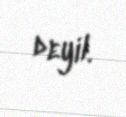
deyil.